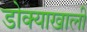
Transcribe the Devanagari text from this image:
डोक्याखाली